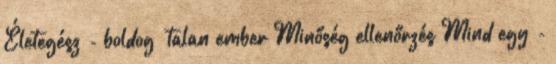
Életegész - boldog talan ember Minőség ellenőrzés Mind egy -